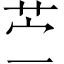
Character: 苎